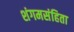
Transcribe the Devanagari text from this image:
शंगमसंहिता